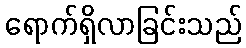
ရောက်ရှိလာခြင်းသည်